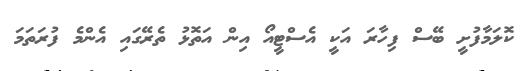
ކޮލަމާފުށީ ބޭސް ފިހާރަ އަކީ އެސްޓީއޯ އިން އަތޮޅު ތެރޭގައި އެންމެ ފުރަތަމަ